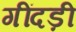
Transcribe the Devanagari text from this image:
गींदड़ी